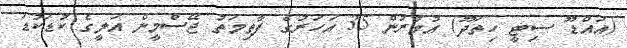
(އައްޑޫ ސިޓީ ހިތަދޫ) އުމުރުން 35 އަހަރުގެ ފާތިމަތު ޖޭސްމީން އަލީގެ ކުޑަކުޑަ